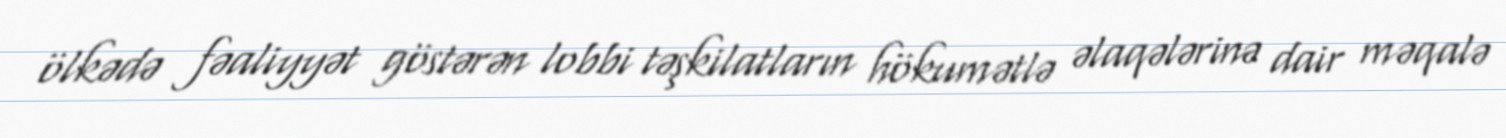
ölkədə fəaliyyət göstərən lobbi təşkilatların hökumətlə əlaqələrinə dair məqalə